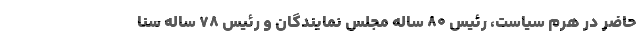
حاضر در هرم سیاست، رئیس ۸۰ ساله مجلس نمایندگان و رئیس ۷۸ ساله سنا